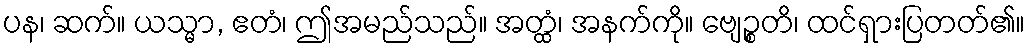
ပန၊ ဆက်။ ယသ္မာ, ဧတံ၊ ဤအမည်သည်။ အတ္ထံ၊ အနက်ကို။ ဗျေဉ္စတိ၊ ထင်ရှားပြတတ်၏။